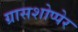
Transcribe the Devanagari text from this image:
ग्रासशोप्पेर